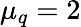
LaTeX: \mu_{q}=2